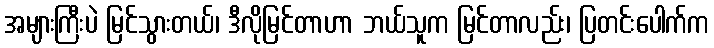
အများကြီးပဲ မြင်သွားတယ်၊ ဒီလိုမြင်တာဟာ ဘယ်သူက မြင်တာလည်း၊ ပြတင်းပေါက်က